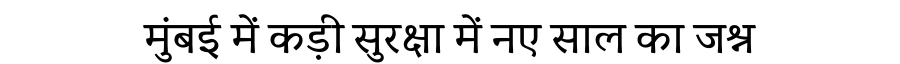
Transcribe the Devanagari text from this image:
मुंबई में कड़ी सुरक्षा में नए साल का जश्न